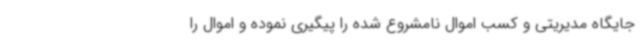
جایگاه مدیریتی و کسب اموال نامشروع شده را پیگیری نموده و اموال را